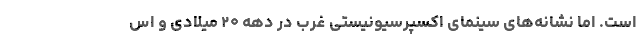
است. اما نشانه‌های سینمای اکسپرسیونیستی غرب در دهه ۲۰ میلادی و اس